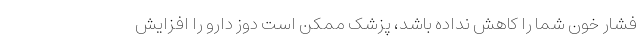
فشار خون شما را کاهش نداده باشد، پزشک ممکن است دوز دارو را افزایش